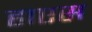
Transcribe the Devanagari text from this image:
हाएस